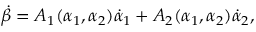
\dot { \beta } = A _ { 1 } ( \alpha _ { 1 } , \alpha _ { 2 } ) \dot { \alpha } _ { 1 } + A _ { 2 } ( \alpha _ { 1 } , \alpha _ { 2 } ) \dot { \alpha } _ { 2 } ,